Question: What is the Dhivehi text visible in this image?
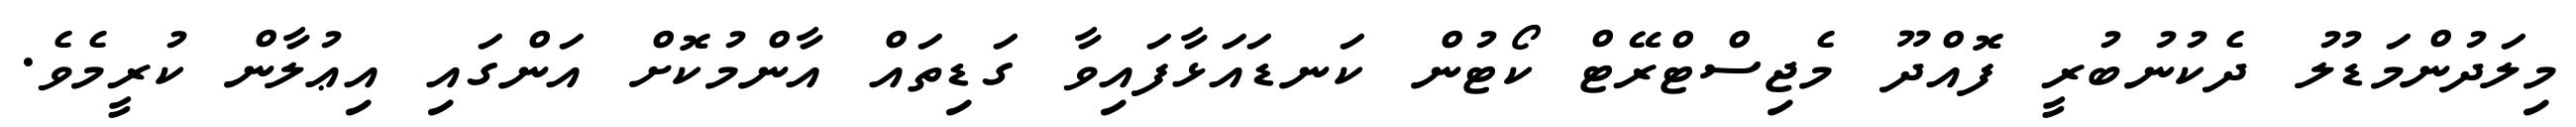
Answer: މިލަދުންމަޑުލު ދެކުނުބުރީ ފޮއްދޫ މެޖިސްޓްރޭޓް ކޯޓުން ކަނޑައަޅާފައިވާ ގަޑިތައް އާންމުކޮށް އަންގައި އިޢުލާން ކުރީމެވެ.